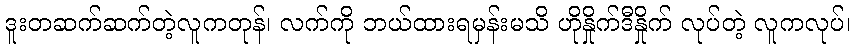
ဒူးတဆက်ဆက်တဲ့လူကတုန်၊ လက်ကို ဘယ်ထားရမှန်းမသိ ဟိုနှိုက်ဒီနှိုက် လုပ်တဲ့ လူကလုပ်၊